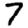
Digit: 7